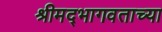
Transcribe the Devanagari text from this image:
श्रीमद्‍भागवताच्या